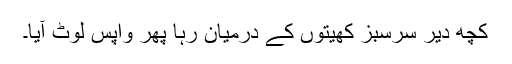
کچھ دیر سرسبز کھیتوں کے درمیان رہا پھر واپس لوٹ آیا۔